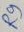
Text: R9